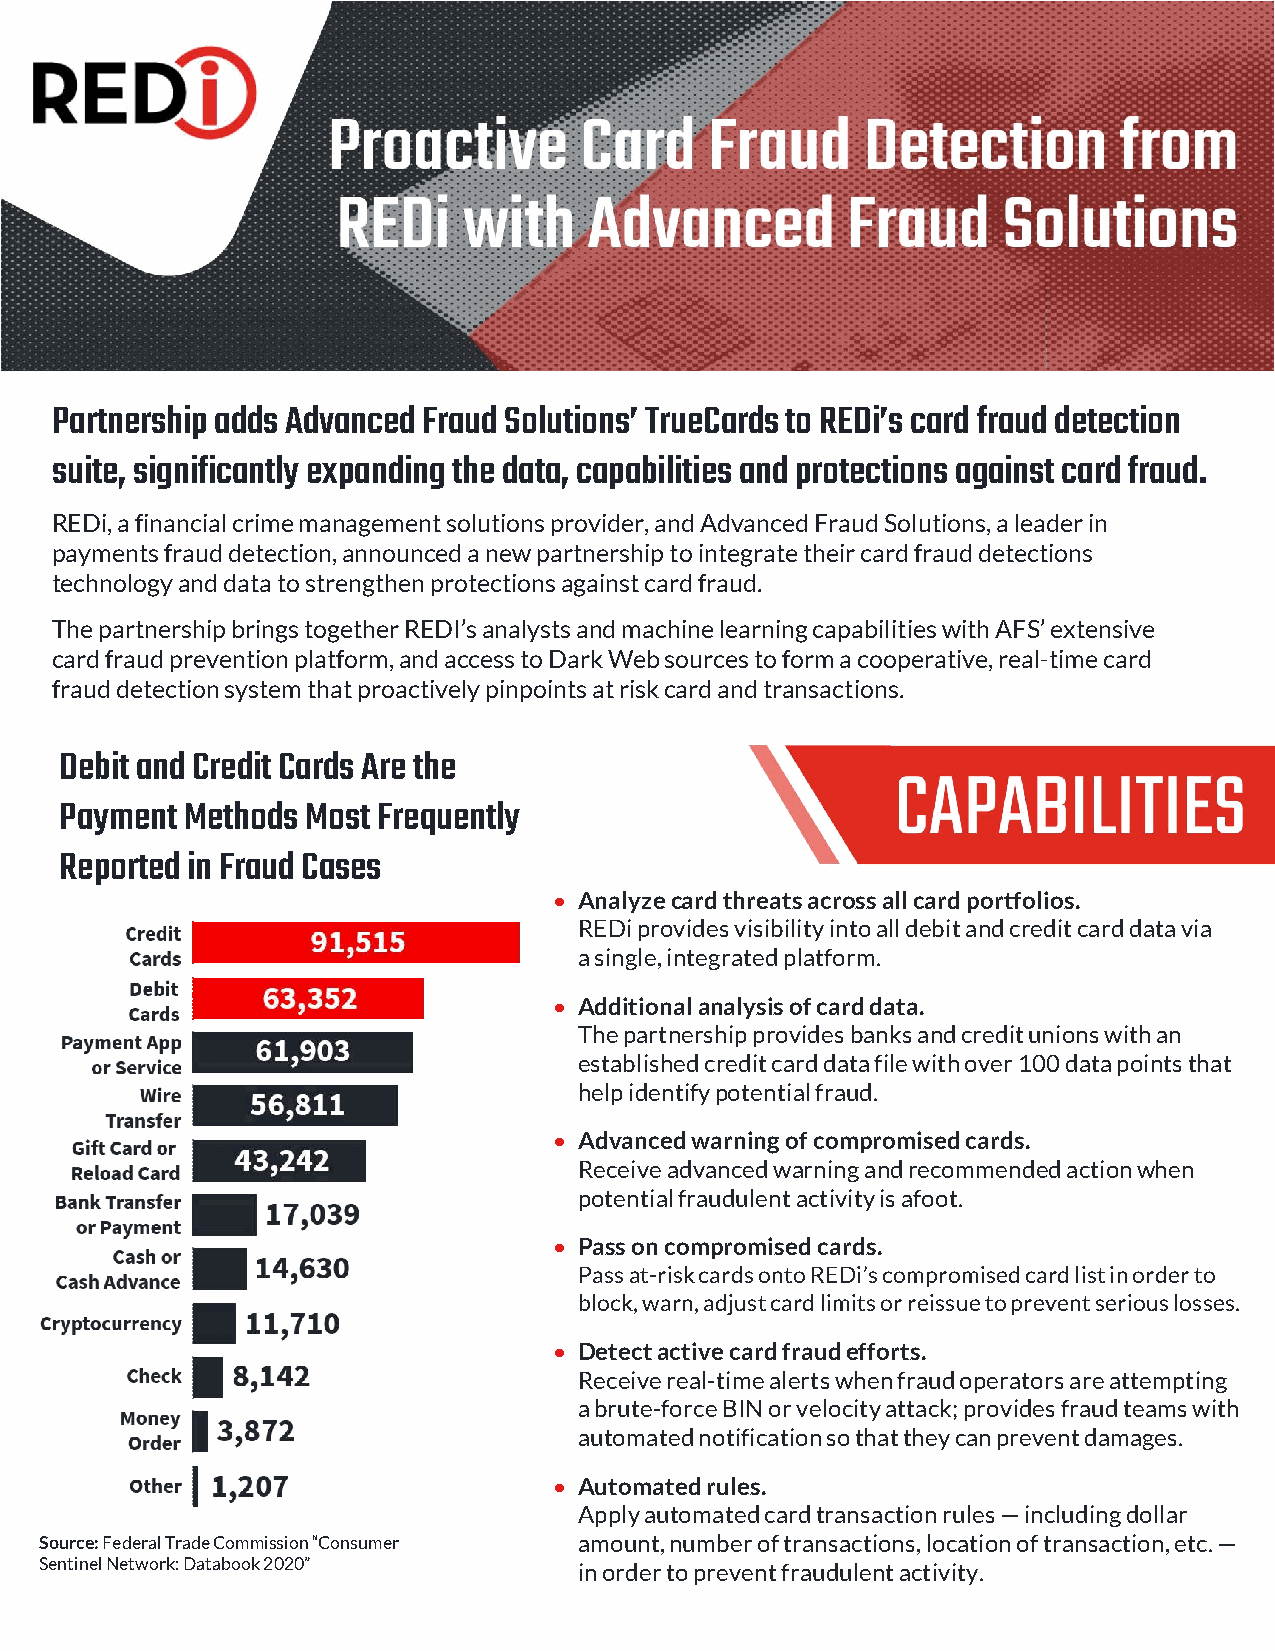
Partnership adds Advanced Fraud Solutions’ TrueCards to REDi’s card fraud detection
 suite, significantly expanding the data, capabilities and protections against card fraud.
 REDi, a financial crime management solutions provider, and Advanced Fraud Solutions, a leader in
 payments fraud detection, announced a new partnership to integrate their card fraud detections
 technology and data to strengthen protections against card fraud.
 The partnership brings together REDI’s analysts and machine learning capabilities with AFS’ extensive
 card fraud prevention platform, and access to Dark Web sources to form a cooperative, real-time card
 fraud detection system that proactively pinpoints at risk card and transactions.
 Debit and Credit Cards Are the
 Payment Methods Most Frequently
 Reported in Fraud Cases
 • Analyze card threats across all card portfolios.
 REDi provides visibility into all debit and credit card data via
 a single, integrated platform.
 • Additional analysis of card data.
 The partnership provides banks and credit unions with an
 established credit card data file with over 100 data points that
 help identify potential fraud.
 • Advanced warning of compromised cards.
 Receive advanced warning and recommended action when
 potential fraudulent activity is afoot.
 • Pass on compromised cards.
 Pass at-risk cards onto REDi’s compromised card list in order to
 block, warn, adjust card limits or reissue to prevent serious losses.
 • Detect active card fraud efforts.
 Receive real-time alerts when fraud operators are attempting
 a brute-force BIN or velocity attack; provides fraud teams with
 automated notification so that they can prevent damages.
 • Automated rules.
 Apply automated card transaction rules — including dollar
 Source: Federal Trade Commission “Consumer amount, number of transactions, location of transaction, etc. —
 Sentinel Network: Databook 2020”   in order to prevent fraudulent activity.